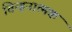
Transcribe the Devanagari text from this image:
चिन्हनात्मक